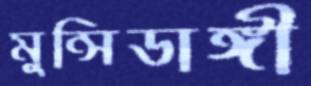
মুন্সিডাঙ্গী